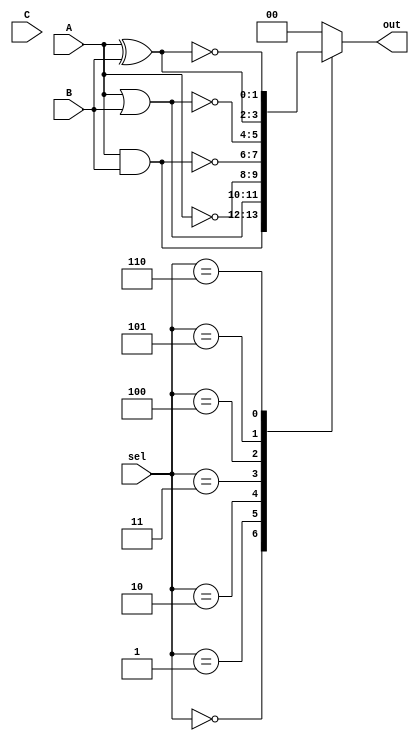
module combinational_logic (
    input wire [1:0] A,   // 2-bit input A
    input wire [1:0] B,   // 2-bit input B
    input wire [1:0] C,   // 2-bit input C (for functions that require 3 inputs)
    input wire [2:0] sel,  // Selector to choose the operation
    output wire [1:0] out  // 2-bit output
);

// Define the logic operations based on the selector
always @(*) begin
    case (sel)
        3'b000: out = A & B;      // AND
        3'b001: out = A | B;      // OR
        3'b010: out = ~A;         // NOT (operates only on A)
        3'b011: out = ~(A & B);   // NAND
        3'b100: out = ~(A | B);   // NOR
        3'b101: out = A ^ B;      // XOR
        3'b110: out = ~(A ^ B);   // XNOR
        default: out = 2'b00;     // Default case
    endcase
end

endmodule